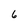
Character: 6